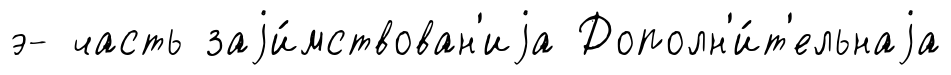
э- часть заjи́мствован'иjа Дополн'и́т'ельнаjа